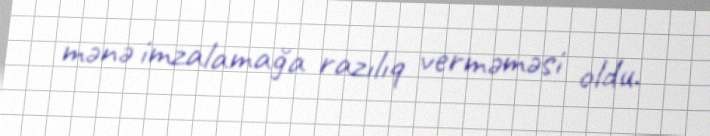
mənə imzalamağa razılıq verməməsi oldu.